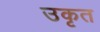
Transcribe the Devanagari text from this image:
उकृत